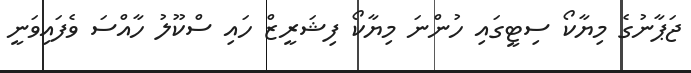
ޖަޕާނުގެ މިޔާކޯ ސިޓީގައި ހުންނަ މިޔާކޯ ފިޝަރީޒް ހައި ސްކޫލު ހާއްސަ ވެފައިވަނީ